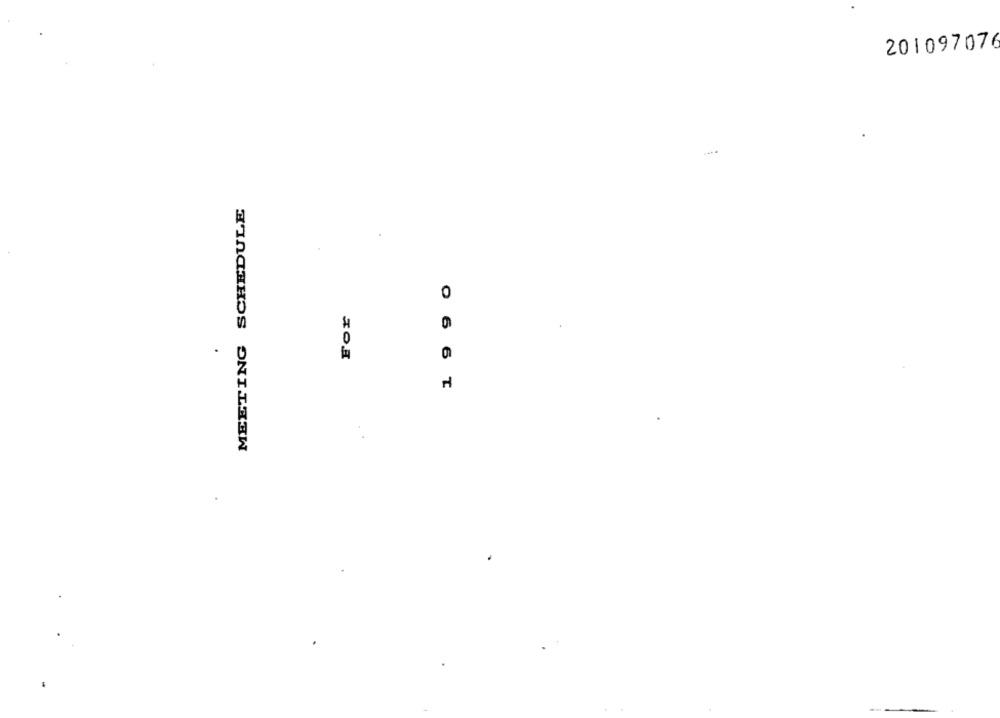
201097076
MEETING SCHEDULE
For
0 6 6 T